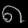
Digit: ၈